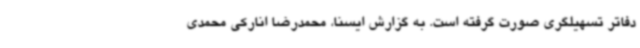
دفاتر تسهیلگری صورت گرفته است. به گزارش ایسنا، محمدرضا انارکی محمدی